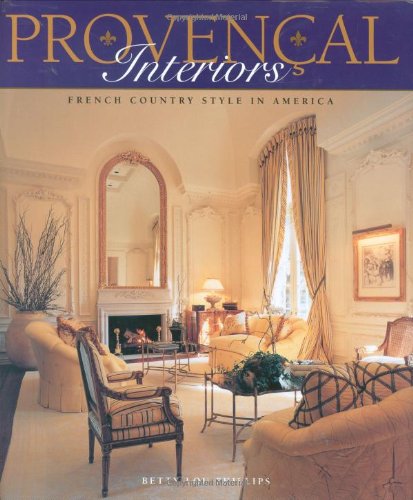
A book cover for Provencal Interiors - French Country Style in America; Betty Lou Phillips; Arts & Photography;